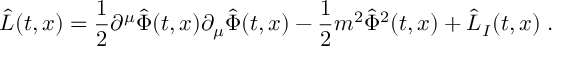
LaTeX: \hat { \cal L } ( t , x ) = { \frac { 1 } { 2 } } \partial ^ { \mu } \hat { \Phi } ( t , x ) \partial _ { \mu } \hat { \Phi } ( t , x ) - { \frac { 1 } { 2 } } m ^ { 2 } \hat { \Phi } ^ { 2 } ( t , x ) + \hat { \cal L } _ { I } ( t , x ) \; .